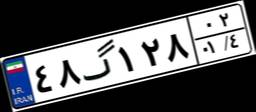
۴۸گ۱۲۸۰۲